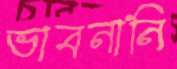
ভাবনানি